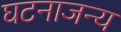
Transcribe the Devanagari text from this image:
घटनाजन्य